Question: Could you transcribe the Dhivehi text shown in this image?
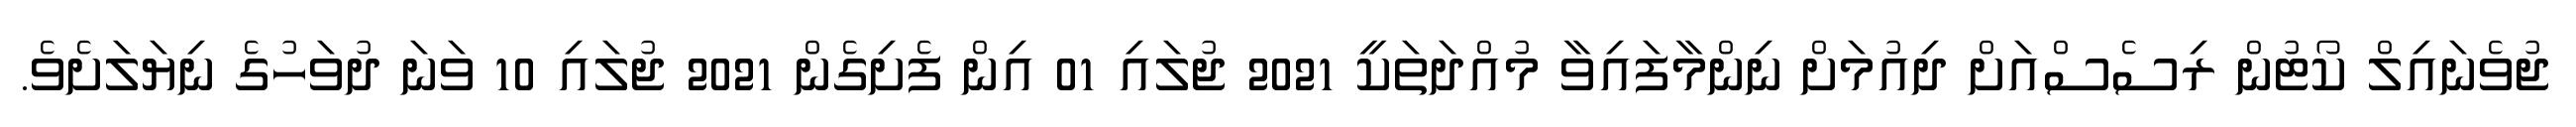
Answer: ޖުވެނައިލް ކޯޓުން ރިސެސްއަށް ދިއުމަށް ނިންމާފައިވާ މުއްދަތަކީ 2021 ޖުލައި 01 އިން ފެށިގެން 2021 ޖުލައި 10 ވަނަ ދުވަހުގެ ނިޔަލަށެވެ.